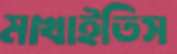
মাখাইতিস